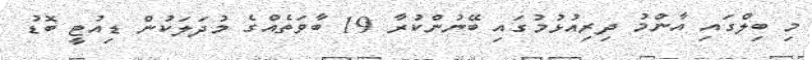
މި ބިލްގައި އާންމު ދިރިއުޅުމުގައި ބޭނުންކުރާ 19 ބާވަތެއްގެ މުދަލަކުން ޑިއުޓީ ބޮޑު